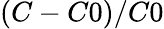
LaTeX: (C-C0)/C0